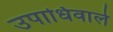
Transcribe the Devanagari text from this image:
उपाधिवाले